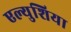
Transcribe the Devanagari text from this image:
एल्युशिया